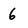
Character: 6